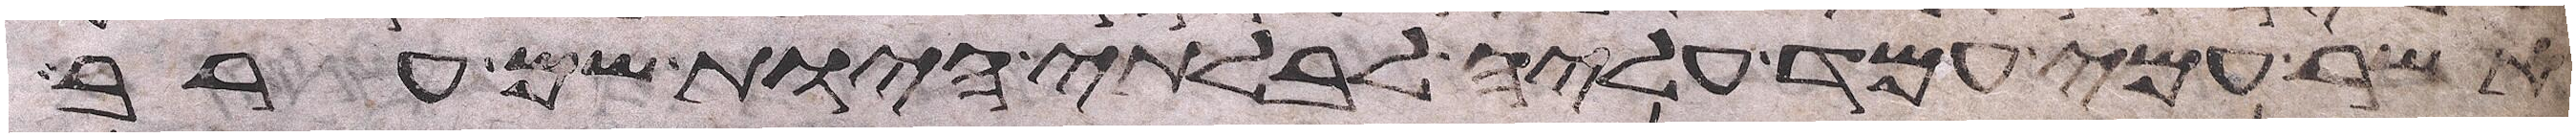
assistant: אשר עמי עמד עליה לבלתי היות שם ערב